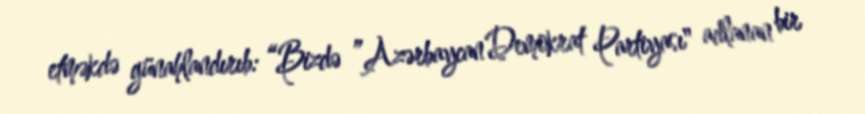
etməkdə günahlandırıb: “Bizdə ”Azərbaycan Demokrat Partiyası" adlanan bir